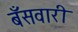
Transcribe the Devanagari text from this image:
बँसवारी